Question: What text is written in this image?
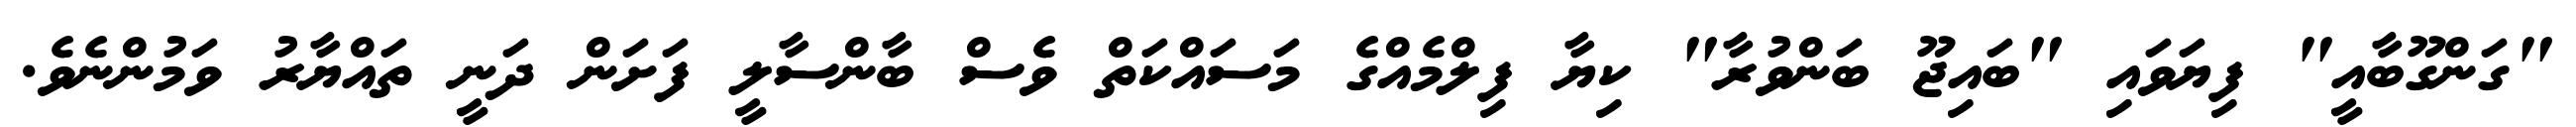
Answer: "ގަންގޫބާއީ" ފިޔަވައި "ބައިޖޫ ބަންވުރާ" ކިޔާ ފިލްމެއްގެ މަސައްކަތް ވެސް ބާންސާލީ ފަށަން ދަނީ ތައްޔާރު ވަމުންނެވެ.